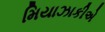
મિયાઝાકીએ